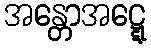
အန္တောအဋ္ဋေ